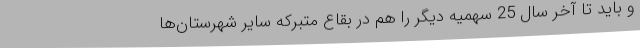
و باید تا آخر سال 25 سهمیه دیگر را هم در بقاع متبرکه سایر شهرستان‌ها